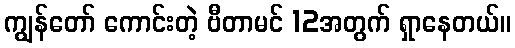
ကျွန်တော် ကောင်းတဲ့ ဗီတာမင် 12အတွက် ရှာနေတယ်။